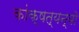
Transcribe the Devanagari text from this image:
कांक्षत्यन्यो